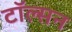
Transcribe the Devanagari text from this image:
टॉल्सन